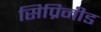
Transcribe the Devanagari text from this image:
सिप्रिनीड